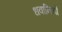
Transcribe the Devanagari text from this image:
धवानियों